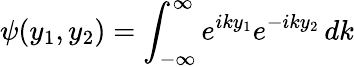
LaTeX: \psi(y_{1},y_{2})=\int_{-\infty}^{\infty}e^{iky_{1}}e^{-iky_{2}}\, dk